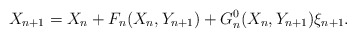
\begin{align*}X_{n+1} = X_n+ F_n(X_n, Y_{n+1}) + G^0_n(X_n,Y_{n+1})\xi_{n+1}.\end{align*}